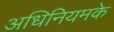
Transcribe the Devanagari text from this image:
अधिनियमके